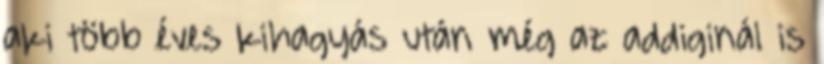
aki több éves kihagyás után még az addiginál is